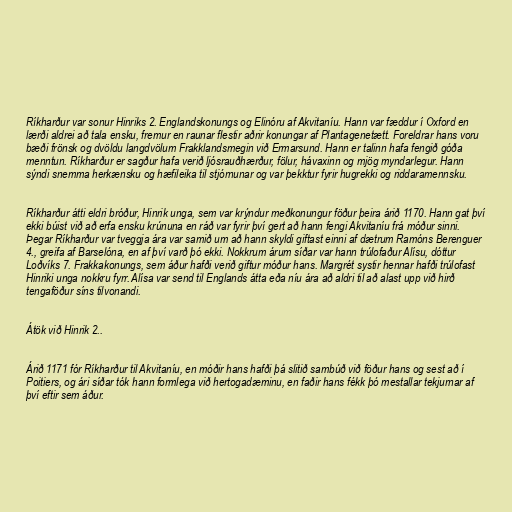
Ríkharður var sonur Hinriks 2. Englandskonungs og Elinóru af Akvitaníu. Hann var fæddur í Oxford en
lærði aldrei að tala ensku, fremur en raunar flestir aðrir konungar af Plantagenetætt. Foreldrar hans voru
bæði frönsk og dvöldu langdvölum Frakklandsmegin við Ermarsund. Hann er talinn hafa fengið góða
menntun. Ríkharður er sagður hafa verið ljósrauðhærður, fölur, hávaxinn og mjög myndarlegur. Hann
sýndi snemma herkænsku og hæfileika til stjórnunar og var þekktur fyrir hugrekki og riddaramennsku.

Ríkharður átti eldri bróður, Hinrik unga, sem var krýndur meðkonungur föður þeira árið 1170. Hann gat því
ekki búist við að erfa ensku krúnuna en ráð var fyrir því gert að hann fengi Akvitaníu frá móður sinni.
Þegar Ríkharður var tveggja ára var samið um að hann skyldi giftast einni af dætrum Ramóns Berenguer
4., greifa af Barselóna, en af því varð þó ekki. Nokkrum árum síðar var hann trúlofaður Alísu, dóttur
Loðvíks 7. Frakkakonungs, sem áður hafði verið giftur móður hans. Margrét systir hennar hafði trúlofast
Hinriki unga nokkru fyrr. Alísa var send til Englands átta eða níu ára að aldri til að alast upp við hirð
tengaföður síns tilvonandi.

Átök við Hinrik 2..

Árið 1171 fór Ríkharður til Akvitaníu, en móðir hans hafði þá slitið sambúð við föður hans og sest að í
Poitiers, og ári síðar tók hann formlega við hertogadæminu, en faðir hans fékk þó mestallar tekjurnar af
því eftir sem áður.